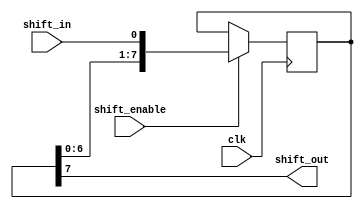
module parallel_in_serial_out_register(
  input clk,
  input shift_in,
  input shift_enable,
  output reg shift_out
);

reg [7:0] data; // 8-bit data register

always @(posedge clk) begin
  if (shift_enable) begin
    data <= {data[6:0], shift_in}; // shift in data
  end
end

assign shift_out = data[7]; // serial output

endmodule